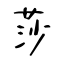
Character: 莎